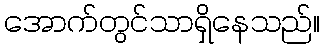
အောက်တွင်သာရှိနေသည်။